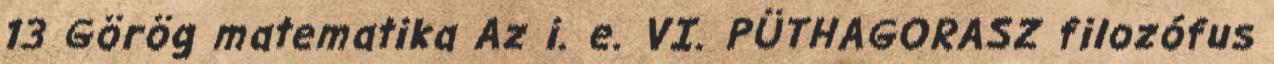
13 Görög matematika Az i. e. VI. PÜTHAGORASZ filozófus